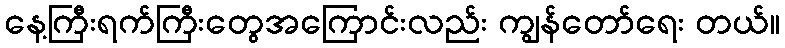
နေ့ကြီးရက်ကြီးတွေအကြောင်းလည်း ကျွန်တော်ရေး တယ်။